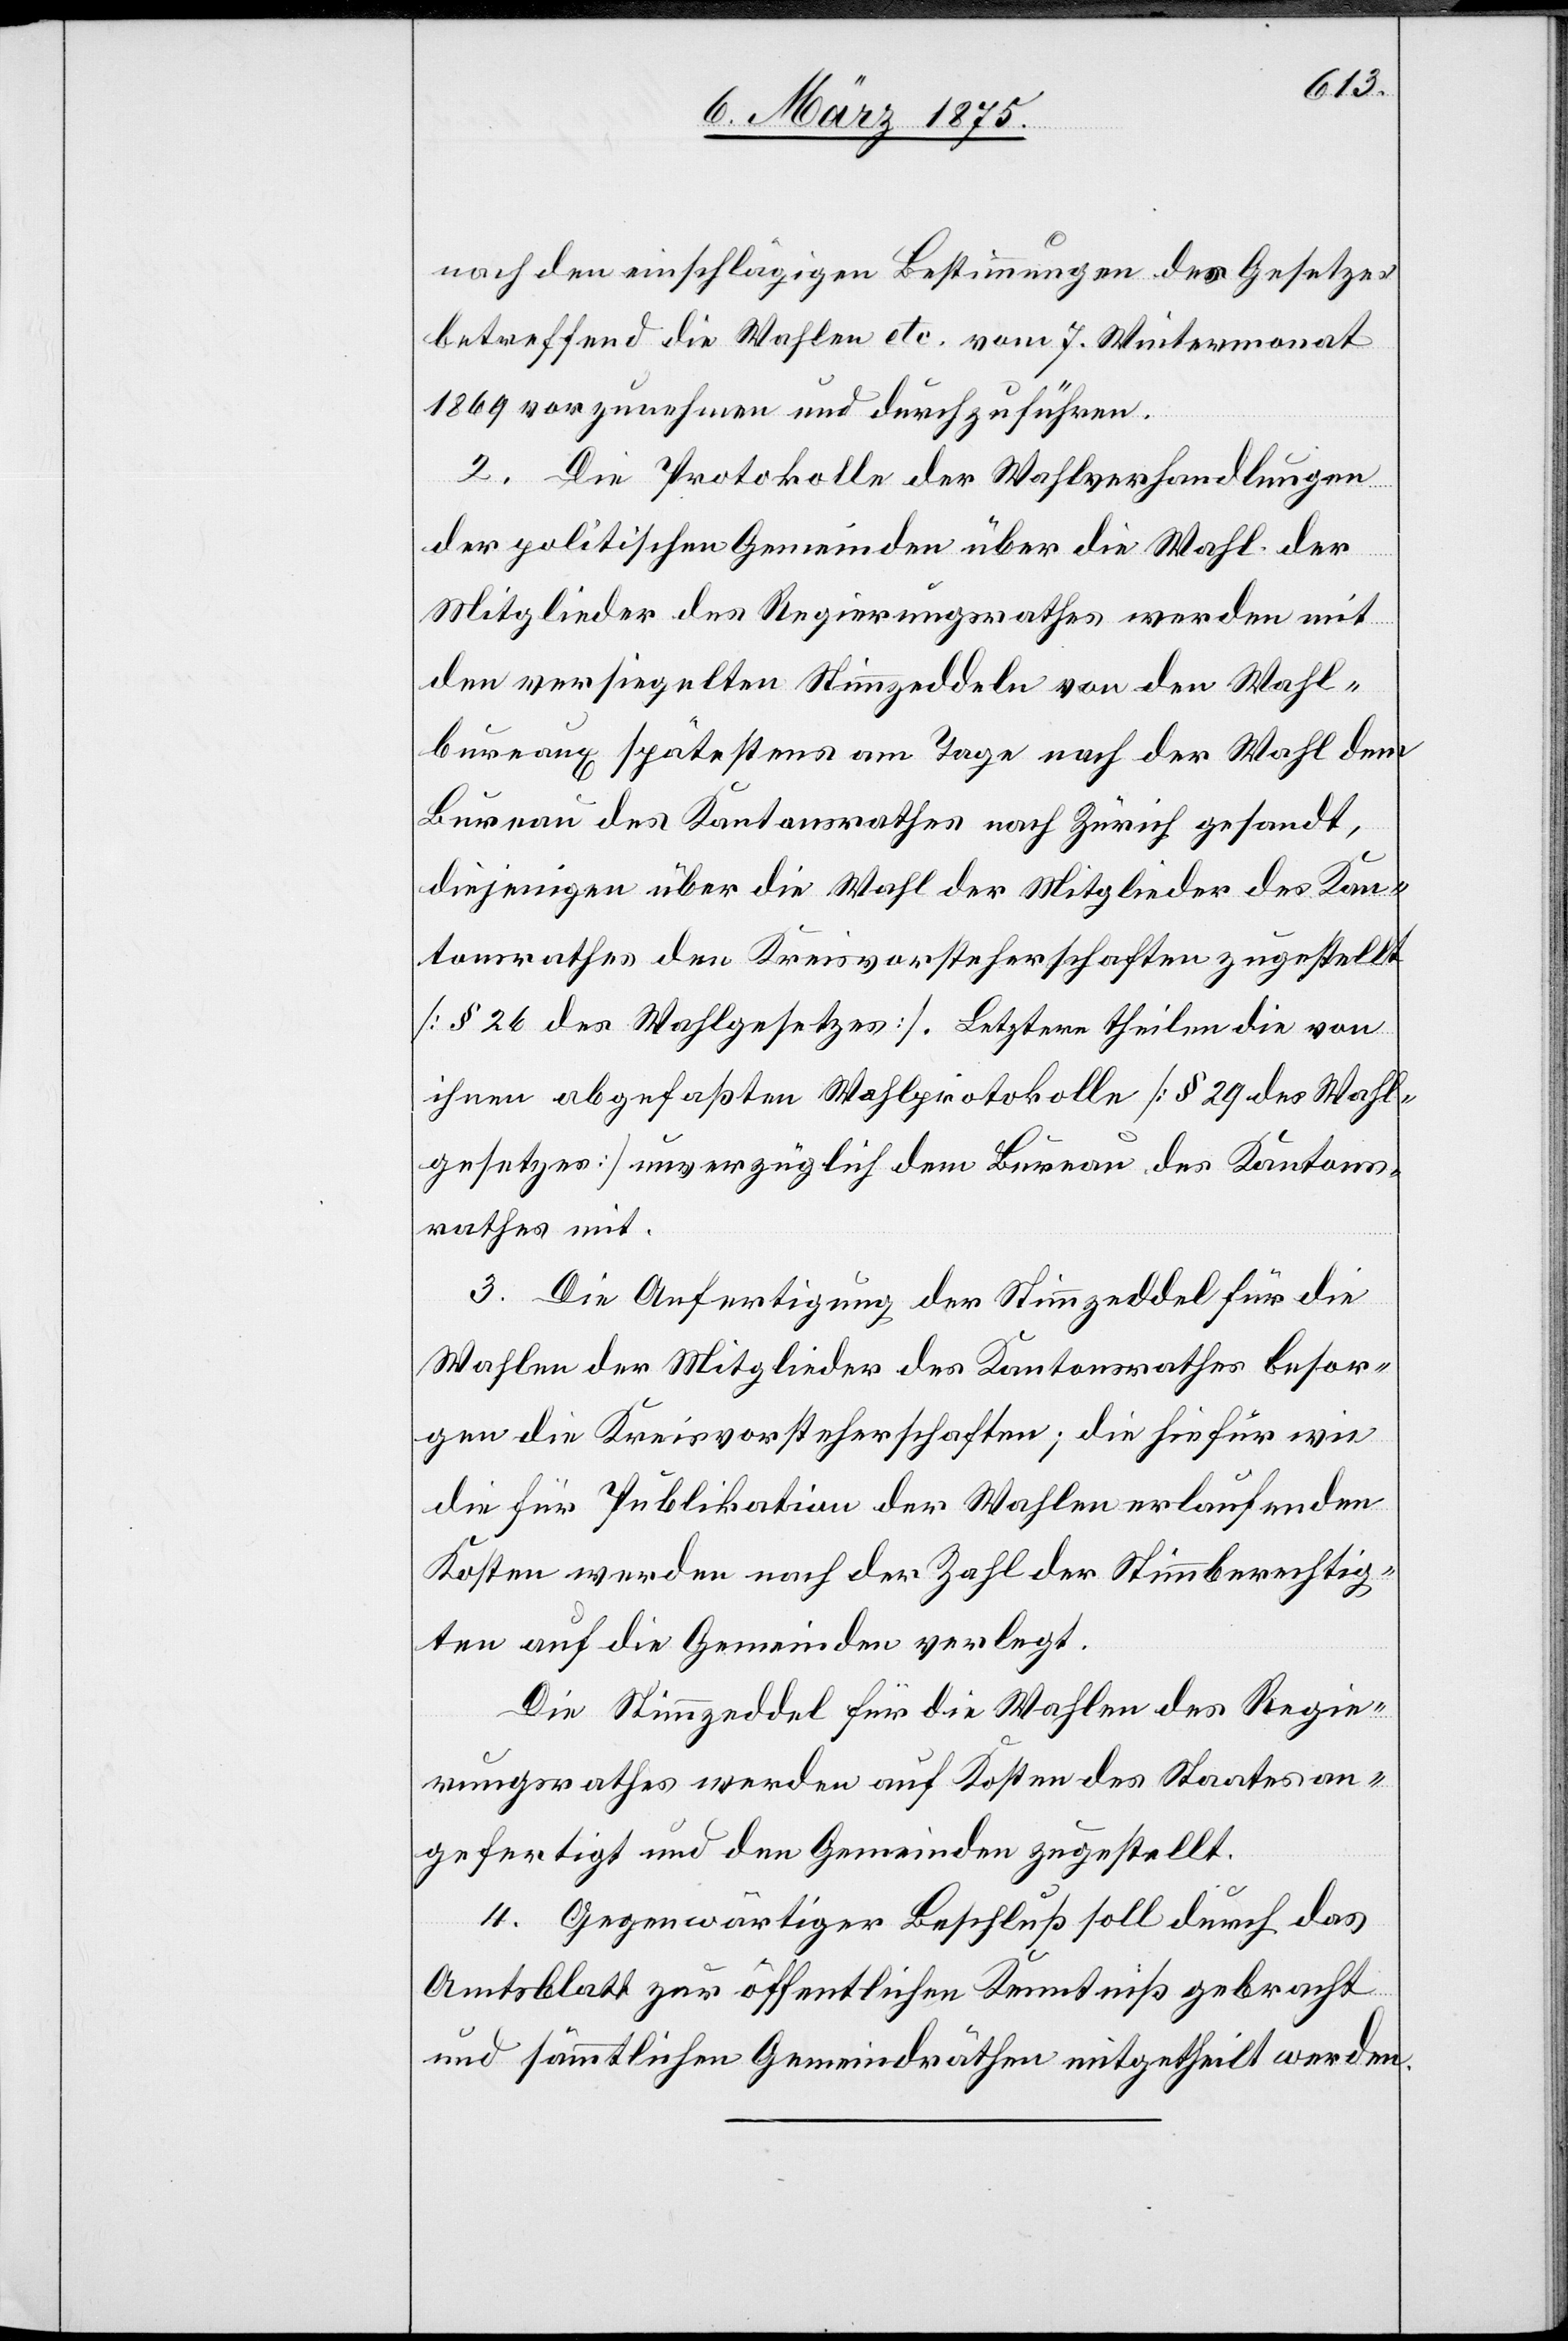
nach den einschlägigen Bestimmungen des Gesetzes
betreffend die Wahlen etc. vom 7. Wintermonat
1869 vorzunehmen und durchzuführen.
2. Die Protokolle der Wahlverhandlungen
der politischen Gemeinden über die Wahl der
Mitglieder des Regierungsrathes werden mit
den versiegelten Stimmzeddeln von den Wahl¬
bureaux spätestens am Tage nach der Wahl dem
Bureau des Kantonsrathes nach Zürich gesandt,
diejenigen über die Wahl der Mitglieder des Kan¬
tonsrathes den Kreisvorsteherschaften zugestellt
[§ 26 des Wahlgesetzes]. Letztere theilen die von
ihnen abgefaßten Wahlprotokolle [§ 29 des Wahl¬
gesetzes] unverzüglich dem Bureau des Kantons¬
rathes mit.
3. Die Anfertigung der Stimmzeddel für die
Wahlen der Mitglieder des Kantonsrathes besor¬
gen die Kreisvorsteherschaften; die hiefür wie
die für die Publikation der Wahlen erlaufenden
Kosten werden nach der Zahl der Stimmberechtig¬
ten auf die Gemeinden verlegt.
Die Stimmzeddel für die Wahlen des Regie¬
rungsrathes werden auf Kosten des Staates an¬
gefertigt und den Gemeinden zugestellt.
4. Gegenwärtiger Beschluß soll durch das
Amtsblatt zur öffentlichen Kenntniß gebracht
und sämmtlichen Gemeindräthen mitgetheilt werden.